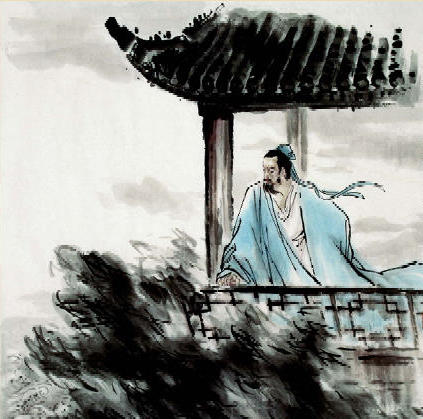
音尘远，楚天危楼独倚。